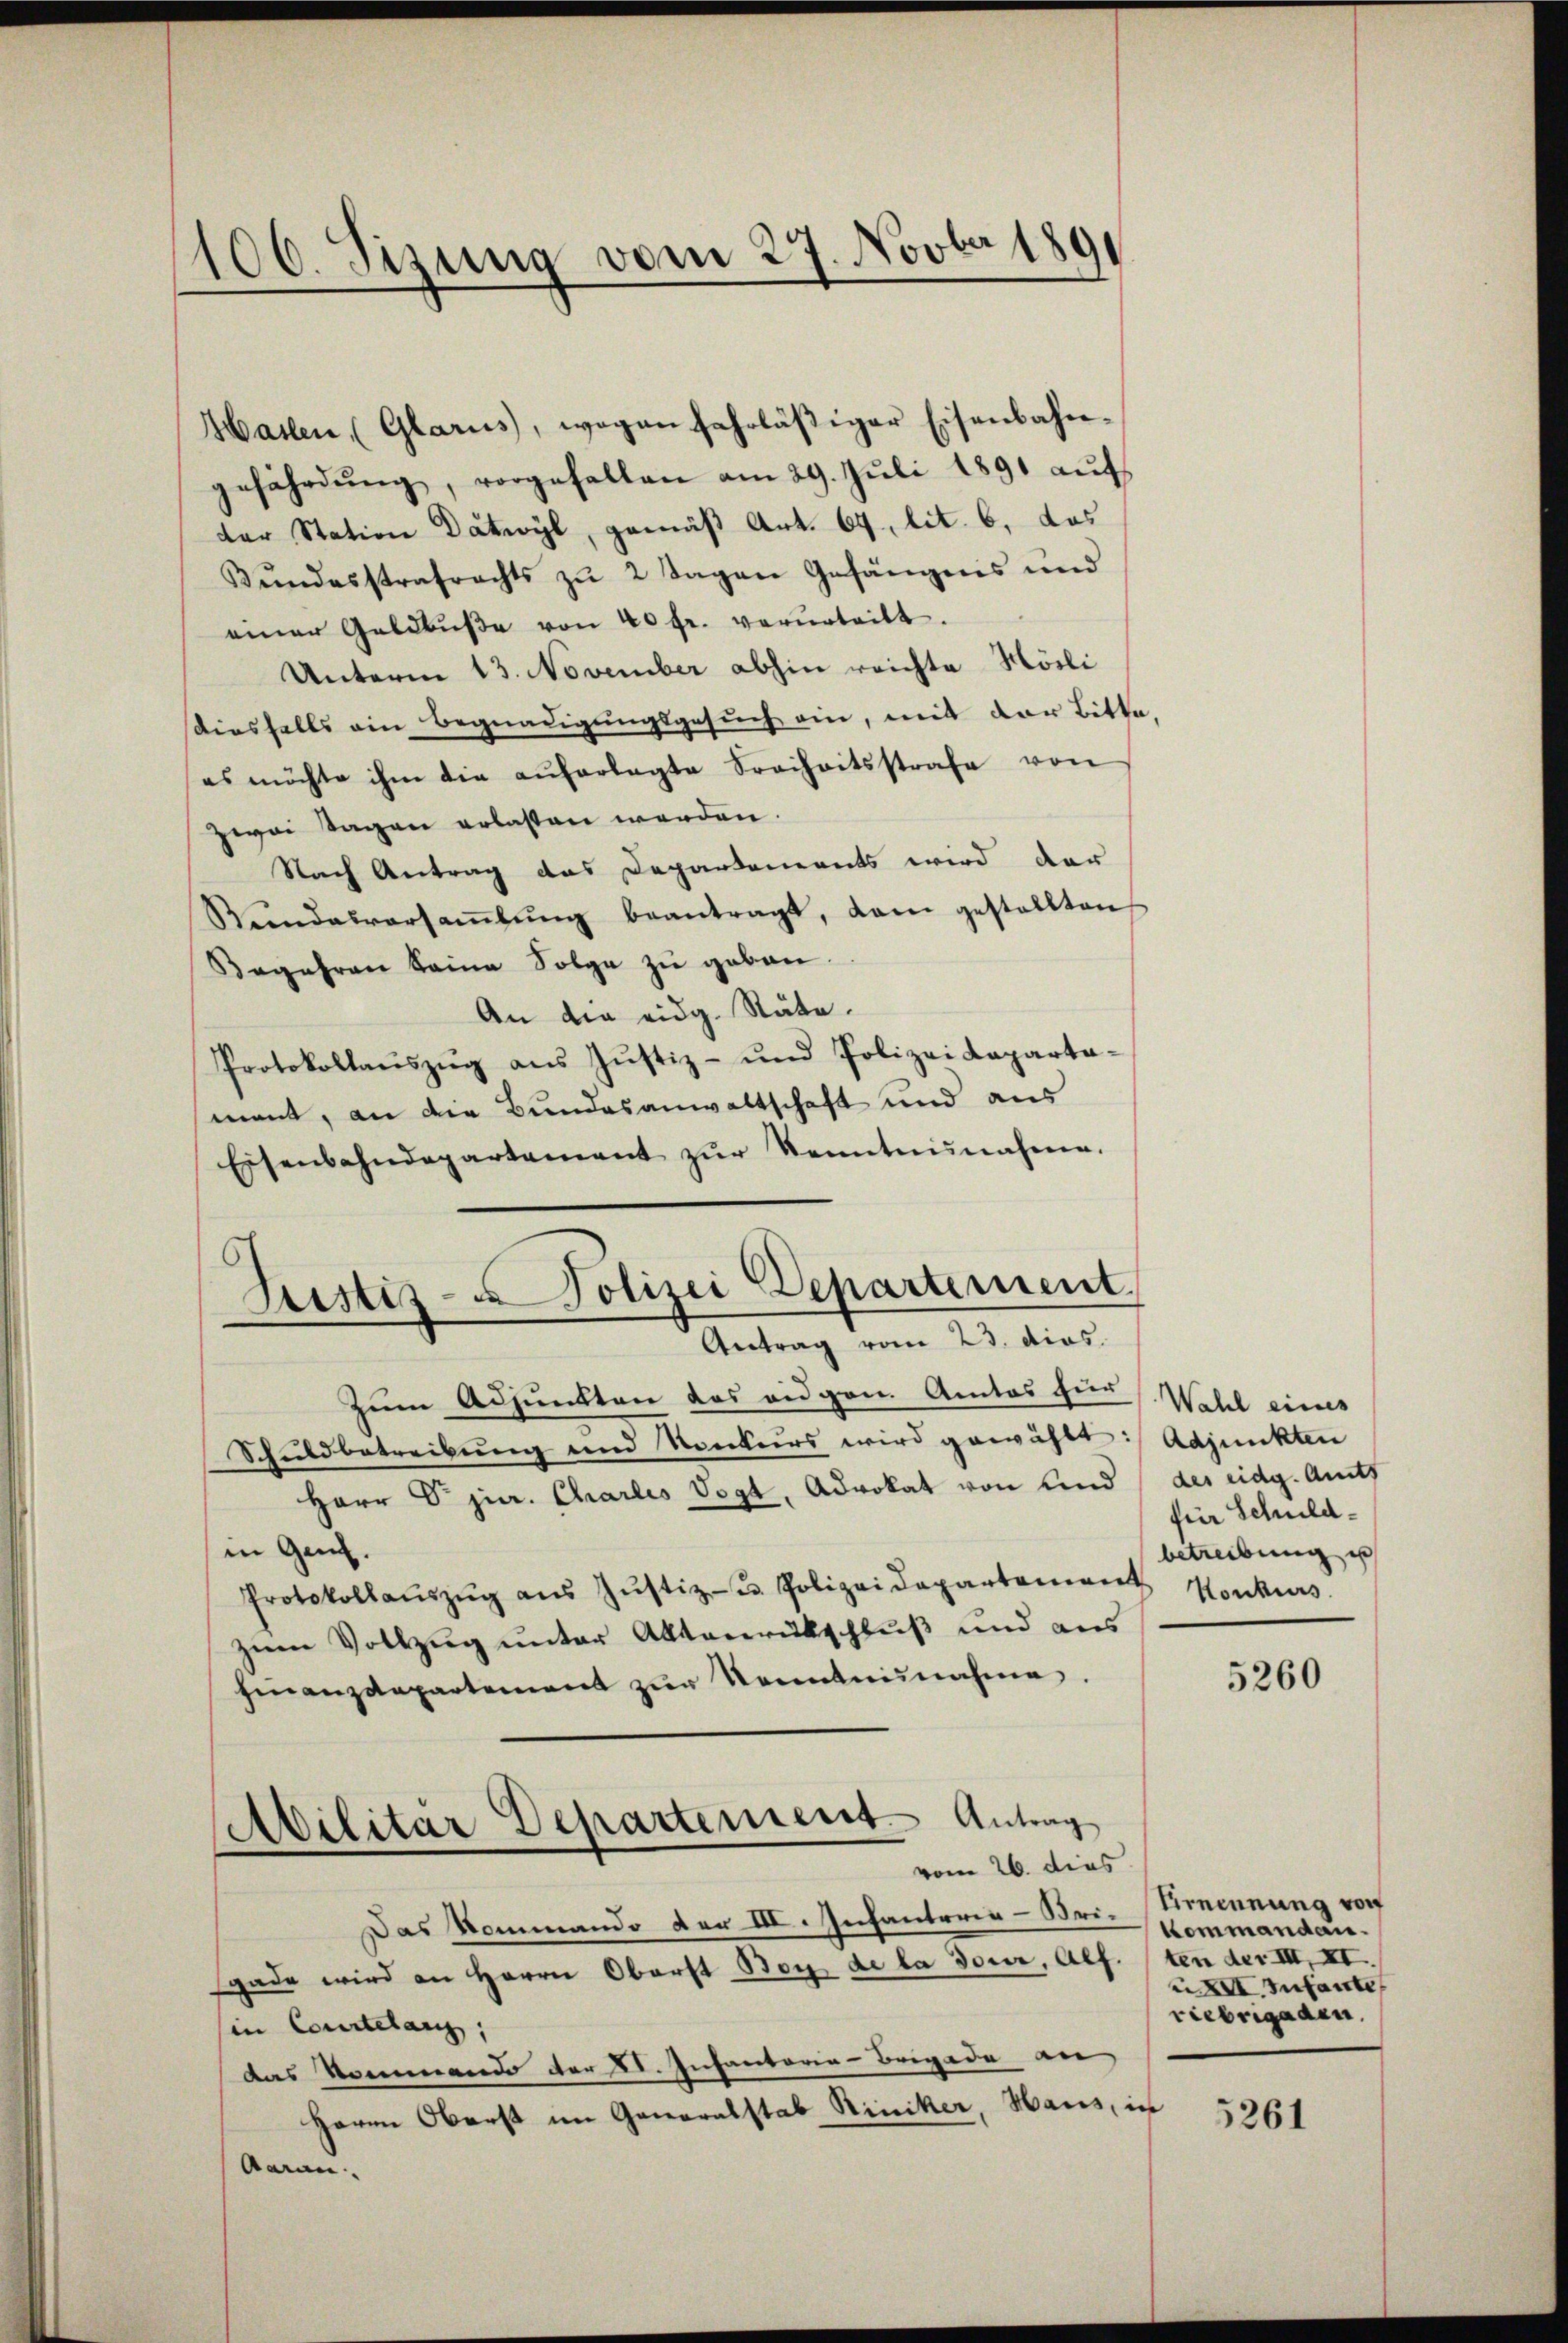
106. Sizung vom 27. Novbr 189

Hallen (Glarus, wegen fahrläβiger Eisenbahn-
gefährdŭng, vorgefallen am 29. Jŭli 1891 aŭf
der Station Dätwyl, gemäß Art. 64, lit. 6, das
Bŭndesstrafrechts zŭ 2 Tagen Gefängnis und
einer Geldbŭβe von 40 fr. verŭrtritt.
Unterm 13. November abhin reichte Hösli
diesfalls ein Begnadigungsgesuch ein, mit der Bitte,
es möchte ihm die aŭferlegte Freiheitsstrafe von
zwai Tagen erlassen werden.
Nach Antrag das Departements wird der
Bŭndesversaṁlŭng beantragt, dann gestellten
Begehren keine Folge zŭ geben.
An die eidg. Räte.
Protokollaŭszŭg aŭs Jŭstiz- und Polizeideparta-
mant, an die Bundesanwaltschaft und aus
Eisenbahndepartement zŭr Kenntninahen.
zum Adjunkten das eidgen. Amtes für
Schuldbetreibung und Konkurs wird gewählt:
Herr V. jur. Charlis Vogt, Advokat von und
in Genf.
Protokollaŭszŭg aŭs Jŭstiz- u. Polizeidepartement
zum Vollzug unter Aktenrütschluß und aus
finanzdepartement zŭr Kenntnisnahme.
Militär Departement Antrag
vom 26. dies
Das Rommando der III. Infanterie-Bri-Strennung von
gade wird an Herrn Oberst Bon de la dour, Alf.
in Courtelang,
das Kommando der XI. Infantaria-Brigade an
Herrn Oberst im Generalstab Riniker, Haus, in
Aarau

6
Justiz-Polizei Departement
Antrag vom 23. dies

Wahl eines
Adjunkten
des eidg. Amts
fiir Schuldbetreibung u
Konkurs

5260

Kommandau.
ten der III, XI.
XXII Infante
riebrigaden.

5261